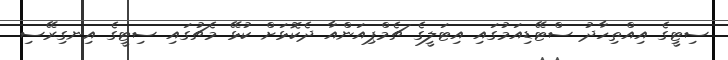
ސިޓީގެ އިއްތިހާދު ސްޓޭޑިއަމުގައި އިޓަލީގެ ޗެމްޕިއަންއާ ދެކޮޅަށް ކުޅޭ މެޗުގައި ސިޓީގެ އިނގިރޭސި